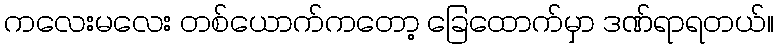
ကလေးမလေး တစ်ယောက်ကတော့ ခြေထောက်မှာ ဒဏ်ရာရတယ်။